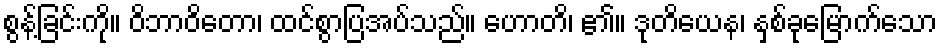
စွန့်ခြင်းကို။ ဝိဘာဝိတော၊ ထင်စွာပြအပ်သည်။ ဟောတိ၊ ၏။ ဒုတိယေန၊ နှစ်ခုမြောက်သော